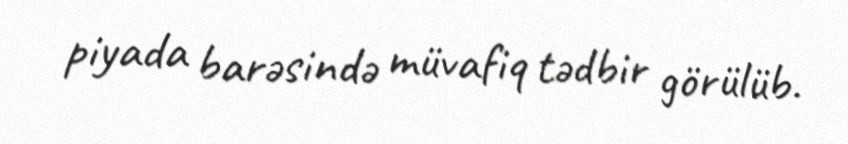
piyada barəsində müvafiq tədbir görülüb.